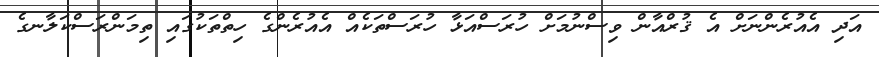
އަދި އެއުރެންނަށް އެ ޤުރްއާން ވިސްނުމަށް ހުރަސްއަޅާ ހުރަސްތަކެއް އެއުރެންގެ ހިތްތަކުގައި ތިމަންރަސްކަލާނގެ